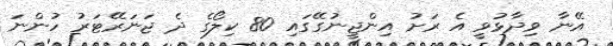
އޭނާ ވިދާޅުވީ އެ ރަށު އިންޖީނުގޭގައި 80 ކިލޯގެ ދެ ޖަނަރޭޓަރު ހުންނަ